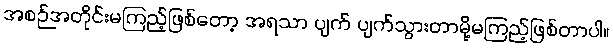
အစဉ်အတိုင်းမကြည့်ဖြစ်တော့ အရသာ ပျက် ပျက်သွားတာမို့မကြည့်ဖြစ်တာပါ။